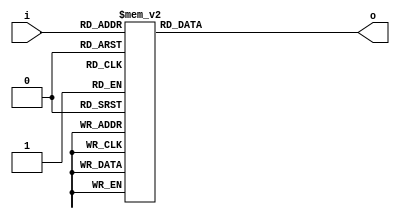
module seven_segment (
input [3:0]i,
output reg [6:0]o
);


// HEX out - rewire DE2
//  ---a---
// |       |
// f       b
// |       |
//  ---g---
// |       |
// e       c
// |       |
//  ---d---

always @(*)
begin
	case (i)	    // abcdefg
	
		4'b0000: o = 7'b0000001;
		4'b0001: o = 7'b1001111;
		4'b0010: o = 7'b0010010;
		4'b0011: o = 7'b0000110;
			
		4'b0100: o = 7'b1001100;
		4'b0101: o = 7'b0100100;
		4'b0110: o = 7'b0100000;
		4'b0111: o = 7'b0001111;
			
		4'b1000: o = 7'b0000000;
		4'b1001: o = 7'b0001100;
		4'b1010: o = 7'b0001000;
		4'b1011: o = 7'b1100000;
			
		4'b1100: o = 7'b0110001;
		4'b1101: o = 7'b1000010;
		4'b1110: o = 7'b0110000;
		4'b1111: o = 7'b0111000;

	endcase
end

endmodule